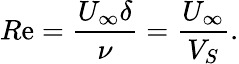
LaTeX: R\mathrm{e}=\frac{{U_{\infty}\delta}}{{\nu}}=\frac{{U_{\infty}}}{{V_{S}}}.